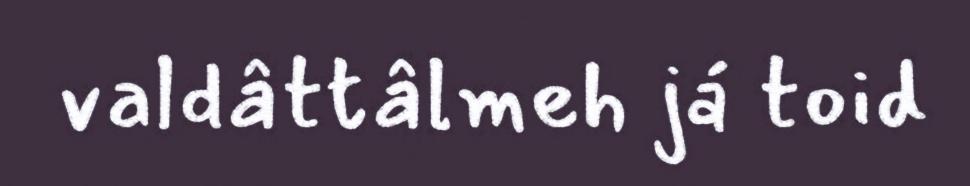
valdâttâlmeh já toid